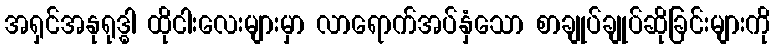
အရှင်အနုရုဒ္ဓါ ထိုငါးလေးများမှာ လာရောက်အပ်နှံသော စာချုပ်ချုပ်ဆိုခြင်းများကို